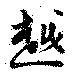
越